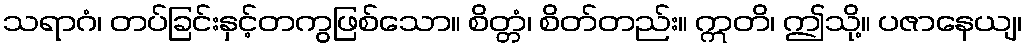
သရာဂံ၊ တပ်ခြင်းနှင့်တကွဖြစ်သော။ စိတ္တံ၊ စိတ်တည်း။ ဣတိ၊ ဤသို့။ ပဇာနေယျ၊